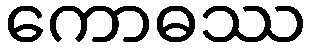
ကောဓဿ